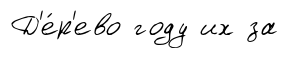
Д'е́р'ево году их за